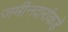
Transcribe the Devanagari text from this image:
जमीनदारांकडे